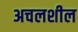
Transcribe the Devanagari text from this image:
अचलशील